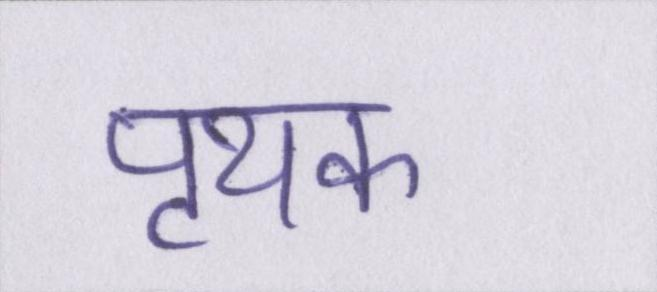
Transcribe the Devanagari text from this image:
पृथक